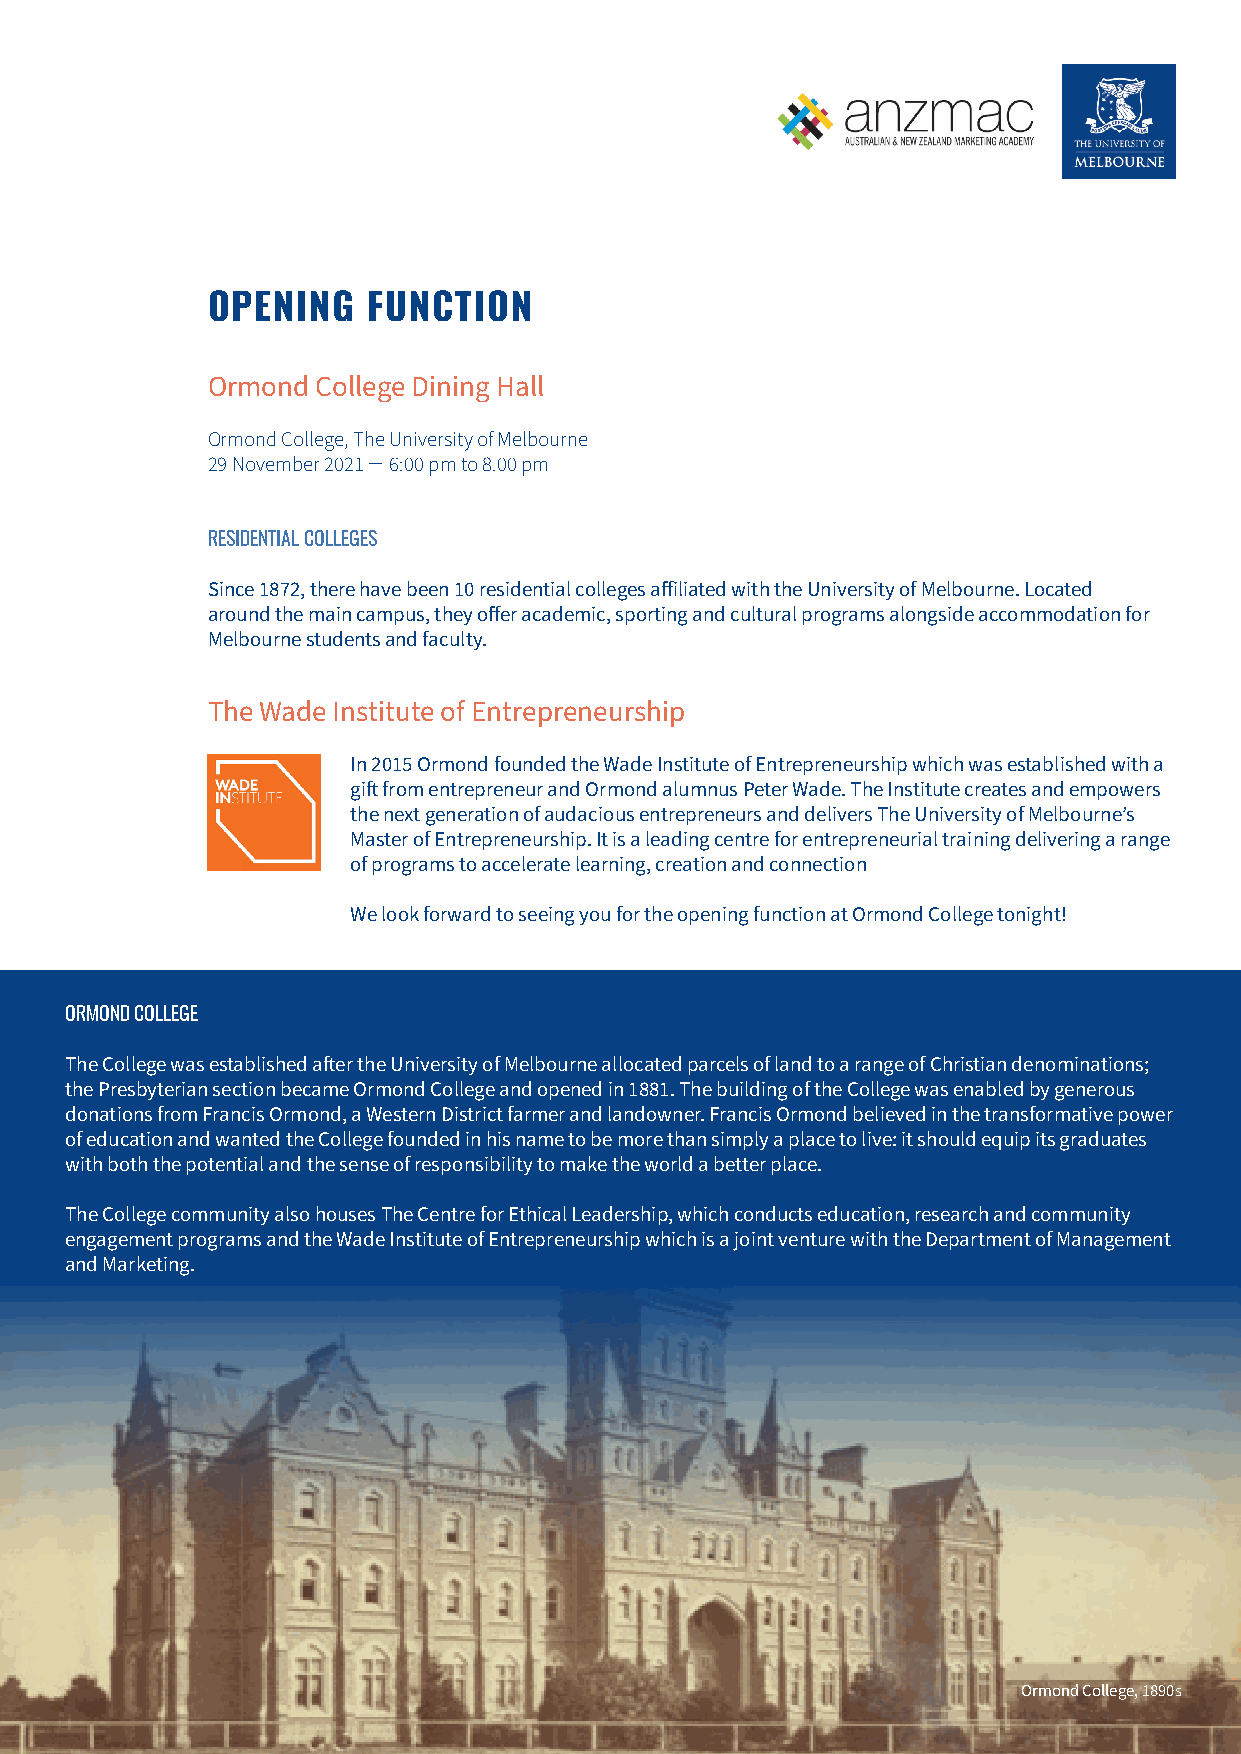
OPENING   FUNCTION
 Ormond College Dining Hall
 Ormond College, The University of Melbourne
 29 November 2021 ̶ 6:00 pm to 8.00 pm
 RESIDENTIAL COLLEGES
 Since 1872, there have been 10 residential colleges affiliated with the University of Melbourne. Located
 around the main campus, they offer academic, sporting and cultural programs alongside accommodation for
 Melbourne students and faculty.
 The Wade Institute of Entrepreneurship
 In 2015 Ormond founded the Wade Institute of Entrepreneurship which was established with a
 gift from entrepreneur and Ormond alumnus Peter Wade. The Institute creates and empowers
 the next generation of audacious entrepreneurs and delivers The University of Melbourne’s
 Master of Entrepreneurship. It is a leading centre for entrepreneurial training delivering a range
 of programs to accelerate learning, creation and connection
 We look forward to seeing you for the opening function at Ormond College tonight!
 ORMOND COLLEGE
 The College was established after the University of Melbourne allocated parcels of land to a range of Christian denominations;
 the Presbyterian section became Ormond College and opened in 1881. The building of the College was enabled by generous
 donations from Francis Ormond, a Western District farmer and landowner. Francis Ormond believed in the transformative power
 of education and wanted the College founded in his name to be more than simply a place to live: it should equip its graduates
 with both the potential and the sense of responsibility to make the world a better place.
 The College community also houses The Centre for Ethical Leadership, which conducts education, research and community
 engagement programs and the Wade Institute of Entrepreneurship which is a joint venture with the Department of Management
 and Marketing.
 Ormond College, 1890s
 WWW.ANZMAC2021.COM | #ANZMAC2021 | 20